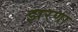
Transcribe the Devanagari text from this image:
झरणा